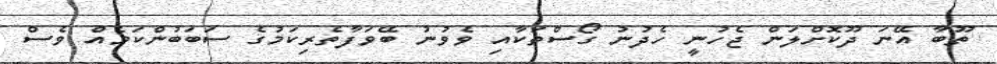
ތޫބާ އޭނަ ދޫކޮށްލަން ޖެހުނީ ހެދުނު ގޯސްތަކާއި ވެވުނު ބޭވަފާތެރިކަމުގެ ސަބަބުންކަމެއް ވެސް